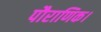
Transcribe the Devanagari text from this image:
पौराणिक।